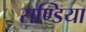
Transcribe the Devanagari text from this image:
सण्डिया